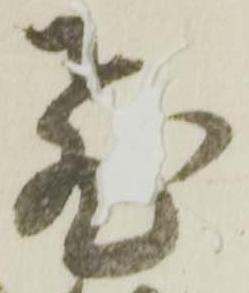
飛